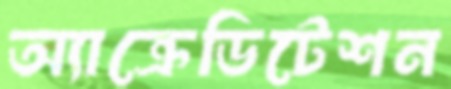
অ্যাক্রেডিটেশন